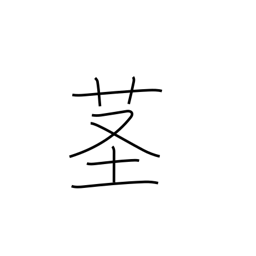
Meaning: stalk